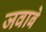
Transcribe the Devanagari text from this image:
जवाबे